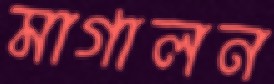
মাগালন